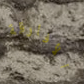
الأفارقة